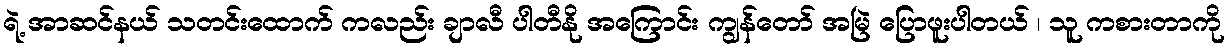
ရဲ့ အာဆင်နယ် သတင်းထောက် ကလည်း ချာလီ ပါတီနို အကြောင်း ကျွန်တော် အမြဲ ပြောဖူးပါတယ် ၊ သူ ကစားတာကို